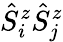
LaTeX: \hat{S}_{i}^{z}\hat{S}_{j}^{z}